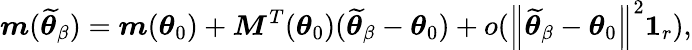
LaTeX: \boldsymbol{m}(\widetilde{\boldsymbol{\theta}}_{\beta})=\boldsymbol{m}(\boldsymbol{\theta}_{0})+\boldsymbol{M}^{T}(\boldsymbol{\theta}_{0})(\widetilde{\boldsymbol{\theta}}_{\beta}-\boldsymbol{\theta}_{0})+o(\left\Vert\widetilde{\boldsymbol{\theta}}_{\beta}-\boldsymbol{\theta}_{0}\right\Vert^{2}\boldsymbol{1}_{r}),